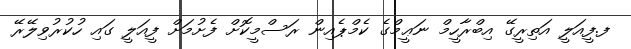
ފ.ފީއަލީ އަތިރީގޭ އިބްރާހީމް ނަޢީމްގެ ކެމްޕެއިން ރަސްމީކޮށް ފެށުމަށް ފީއަލީ ގައި ހުކުރުވިލޭރޭ